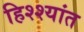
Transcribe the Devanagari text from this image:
हिश्श्यांत